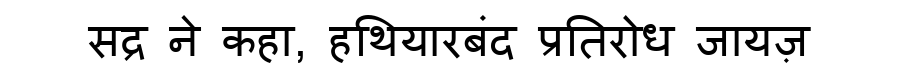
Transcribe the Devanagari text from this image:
सद्र ने कहा, हथियारबंद प्रतिरोध जायज़